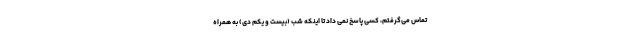
تماس می‌گرفتم، کسی پاسخ نمی داد تا اینکه شب (بیست و یکم دی) به همراه